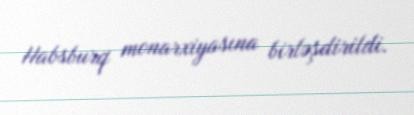
Habsburq monarxiyasına birləşdirildi.